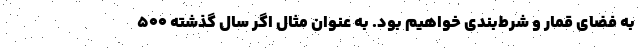
به فضای قمار و شرط‌بندی خواهیم بود. به عنوان مثال اگر سال گذشته ۵۰۰